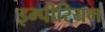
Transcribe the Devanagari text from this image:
इम्पीरियम